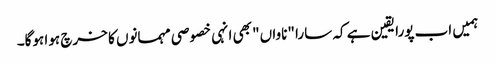
ہمیں اب پورا یقین ہے کہ سارا "ناواں" بھی انہی خصوصی مہمانوں کا خرچ ہوا ہوگا۔